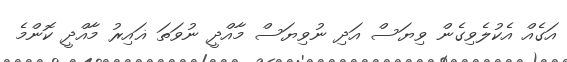
އަގެއް އެކުލެވިގެން ވިޔަސް އަދި ނުވިޔަސް މާއްދީ ނުވަތަ ޣައިރު މާއްދީ ކޮންމެ